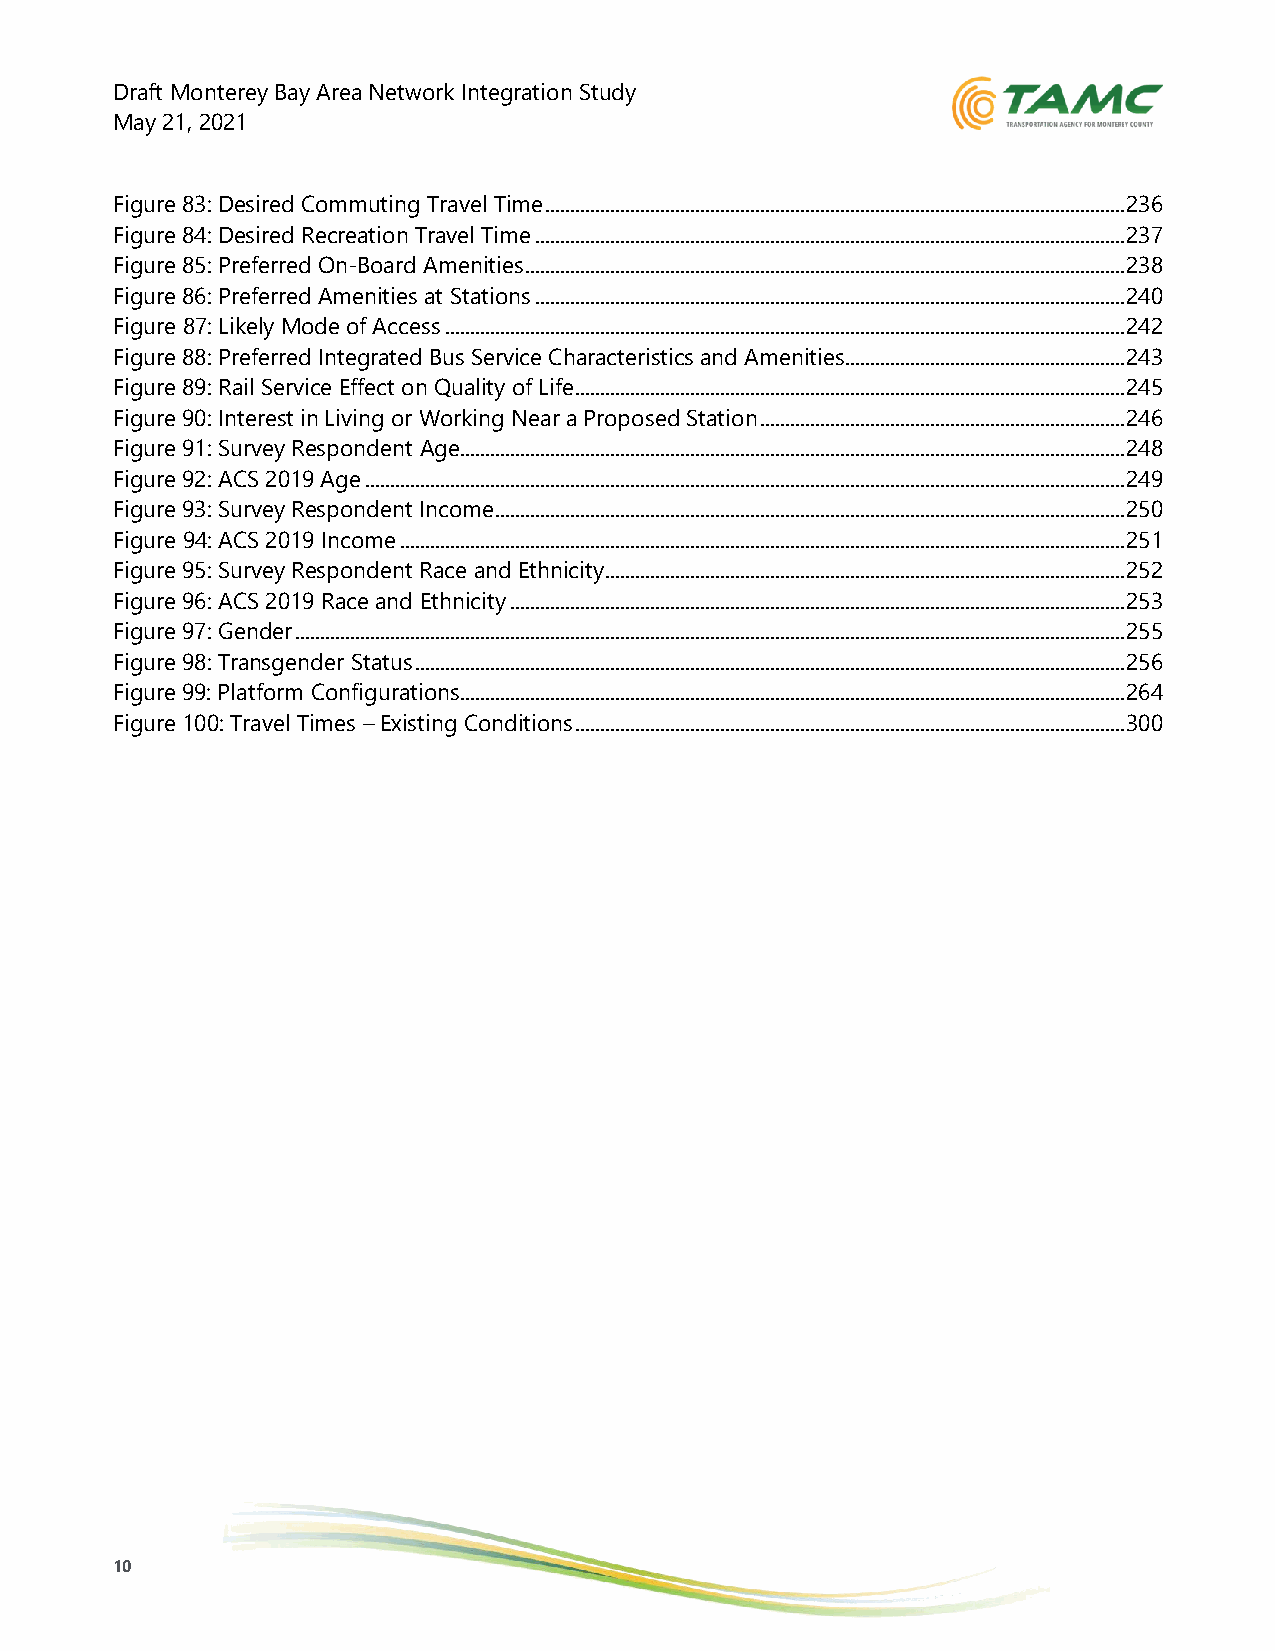
Draft Monterey Bay Area Network Integration Study
 May 21, 2021
 Figure 83: Desired Commuting Travel Time .................................................................................................................... 236
 Figure 84: Desired Recreation Travel Time ...................................................................................................................... 237
 Figure 85: Preferred On-Board Amenities ........................................................................................................................ 238
 Figure 86: Preferred Amenities at Stations ...................................................................................................................... 240
 Figure 87: Likely Mode of Access ........................................................................................................................................ 242
 Figure 88: Preferred Integrated Bus Service Characteristics and Amenities........................................................ 243
 Figure 89: Rail Service Effect on Quality of Life .............................................................................................................. 245
 Figure 90: Interest in Living or Working Near a Proposed Station ......................................................................... 246
 Figure 91: Survey Respondent Age ..................................................................................................................................... 248
 Figure 92: ACS 2019 Age ........................................................................................................................................................ 249
 Figure 93: Survey Respondent Income .............................................................................................................................. 250
 Figure 94: ACS 2019 Income ................................................................................................................................................. 251
 Figure 95: Survey Respondent Race and Ethnicity ........................................................................................................ 252
 Figure 96: ACS 2019 Race and Ethnicity ........................................................................................................................... 253
 Figure 97: Gender ...................................................................................................................................................................... 255
 Figure 98: Transgender Status .............................................................................................................................................. 256
 Figure 99: Platform Configurations ..................................................................................................................................... 264
 Figure 100: Travel Times – Existing Conditions .............................................................................................................. 300
 10